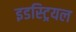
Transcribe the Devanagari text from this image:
इडस्ट्रियल